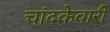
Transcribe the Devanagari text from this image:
चांदकेवारी